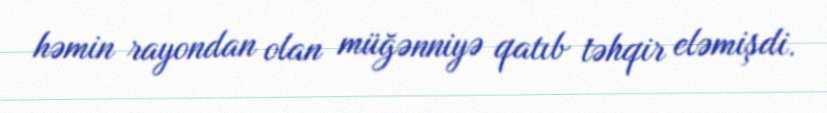
həmin rayondan olan müğənniyə qatıb təhqir eləmişdi.